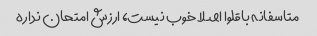
متاسفانه باقلوا اصلا خوب نیست، ارزش امتحان نداره